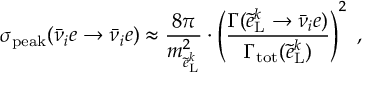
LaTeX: \sigma _ { \mathrm { p e a k } } ( \bar { \nu } _ { i } e \rightarrow \bar { \nu } _ { i } e ) \approx \frac { 8 \pi } { m _ { \tilde { e } _ { \mathrm { L } } ^ { k } } ^ { 2 } } \cdot \left( \frac { \Gamma ( \tilde { e } _ { \mathrm { L } } ^ { k } \rightarrow \bar { \nu } _ { i } e ) } { \Gamma _ { \mathrm { t o t } } ( \tilde { e } _ { \mathrm { L } } ^ { k } ) } \right) ^ { 2 } \; ,